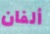
ألفان